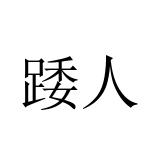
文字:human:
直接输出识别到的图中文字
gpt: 踒人